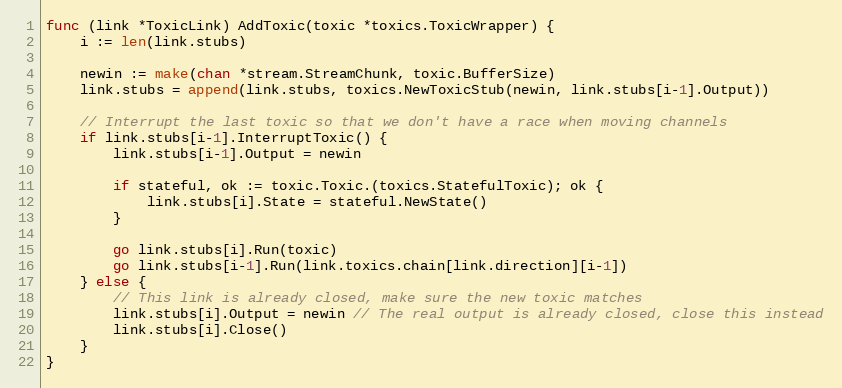
Language: Go
func (link *ToxicLink) AddToxic(toxic *toxics.ToxicWrapper) {
	i := len(link.stubs)

	newin := make(chan *stream.StreamChunk, toxic.BufferSize)
	link.stubs = append(link.stubs, toxics.NewToxicStub(newin, link.stubs[i-1].Output))

	// Interrupt the last toxic so that we don't have a race when moving channels
	if link.stubs[i-1].InterruptToxic() {
		link.stubs[i-1].Output = newin

		if stateful, ok := toxic.Toxic.(toxics.StatefulToxic); ok {
			link.stubs[i].State = stateful.NewState()
		}

		go link.stubs[i].Run(toxic)
		go link.stubs[i-1].Run(link.toxics.chain[link.direction][i-1])
	} else {
		// This link is already closed, make sure the new toxic matches
		link.stubs[i].Output = newin // The real output is already closed, close this instead
		link.stubs[i].Close()
	}
}